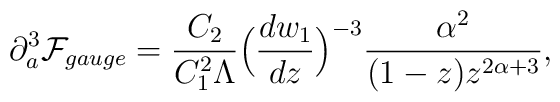
\partial_a^3{\cal F}_{gauge}=\frac{C_2}{C_1^2\Lambda}\Big(\frac{dw_1}{dz}\Big)^{-3}\frac{\alpha^2}{(1-z)z^{2\alpha+3}},